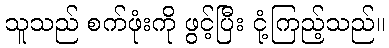
သူသည် စက်ဖုံးကို ဖွင့်ပြီး ငုံ့ကြည့်သည်။